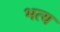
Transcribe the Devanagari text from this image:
भत्य